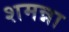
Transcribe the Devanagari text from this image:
शमन्ना